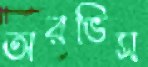
অরভিস